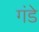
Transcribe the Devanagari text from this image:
गंडे